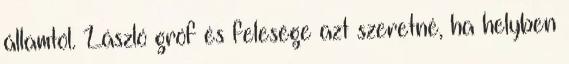
államtól. László gróf és felesége azt szeretné, ha helyben